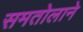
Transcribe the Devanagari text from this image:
समतोलाने